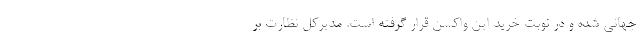
جهانی شده و در نوبت خرید این واکسن قرار گرفته است. مدیرکل نظارت بر